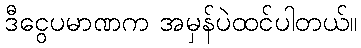
ဒီငွေပမာဏက အမှန်ပဲထင်ပါတယ်။